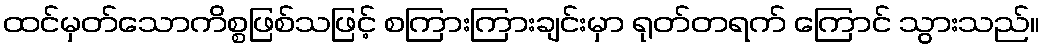
ထင်မှတ်သောကိစ္စဖြစ်သဖြင့် စကြားကြားချင်းမှာ ရုတ်တရက် ကြောင် သွားသည်။